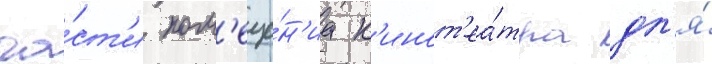
ча́ст'и пом'еще́н'иа к'инот'еа́тра дл'я́